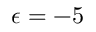
\epsilon = - 5